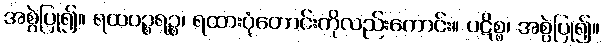
အစွဲပြု၍။ ရထပဉ္စရဉ္စ၊ ရထားပုံတောင်းကိုလည်းကောင်း။ ပဋိစ္စ၊ အစွဲပြု၍။